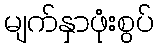
မျက်နှာဖုံးစွပ်